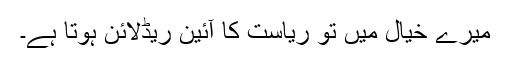
میرے خیال میں تو ریاست کا آئین ریڈلائن ہوتا ہے۔